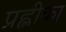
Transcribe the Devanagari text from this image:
प्रह्लीका